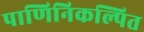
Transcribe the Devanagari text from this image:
पाणिनिकल्पित